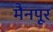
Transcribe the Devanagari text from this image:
मैनपूर